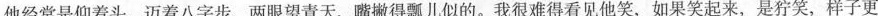
他经常是仰着头，迈着八字步，两眼望青天，嘴撇得瓢儿似的。我很难得看见他笑，如果笑起来，是狞笑，样子更